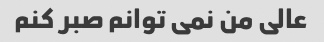
عالی من نمی توانم صبر کنم